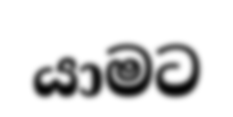
යාමට